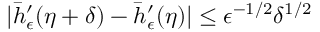
| \bar { h } _ { \epsilon } ^ { \prime } ( \eta + \delta ) - \bar { h } _ { \epsilon } ^ { \prime } ( \eta ) | \leq \epsilon ^ { - 1 / 2 } \delta ^ { 1 / 2 }